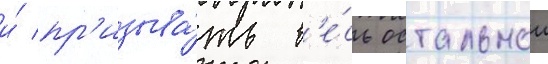
и́ пр'изыва́ть в'е́сь остальнои